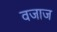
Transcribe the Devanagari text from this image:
वजाज